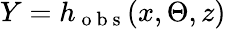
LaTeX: Y=h_{\mathrm{~o~b~s~}}(x,\Theta,z)